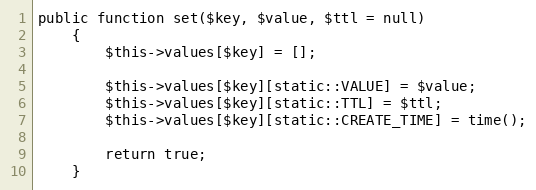
Language: PHP
public function set($key, $value, $ttl = null)
    {
        $this->values[$key] = [];

        $this->values[$key][static::VALUE] = $value;
        $this->values[$key][static::TTL] = $ttl;
        $this->values[$key][static::CREATE_TIME] = time();

        return true;
    }